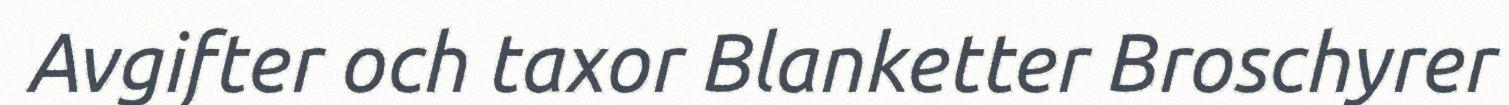
Avgifter och taxor Blanketter Broschyrer